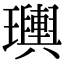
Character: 𤫌